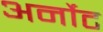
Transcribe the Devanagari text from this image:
अर्नोट